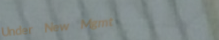
Under New Mgmt